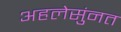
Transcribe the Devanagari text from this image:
अहलेसुंनत